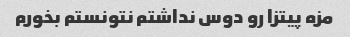
مزه پیتزا رو دوس نداشتم نتونستم بخورم